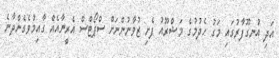
އަދި އުނގޫފާރުގައި މަގު ހެދުމުގެ މަޝްރޫއު ފެށި ޒުވާނުންނަށް ސްޕޯޓްސް އެރީނާއެއް ގާއިމުވެގެންދާނެ